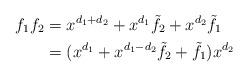
LaTeX: \begin{align*} f_1f_2 &= x^{d_1+d_2} + x^{d_1}\tilde{f_2} + x^{d_2}\tilde{f_1} \\ &= (x^{d_1} + x^{d_1-d_2}\tilde{f_2} + \tilde{f_1}) x^{d_2} \end{align*}